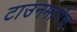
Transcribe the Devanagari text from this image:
टाउनमार्गेच